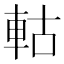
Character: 軲